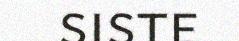
siste